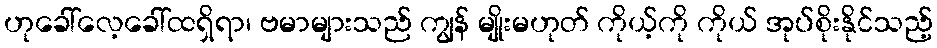
ဟုခေါ်လေ့ခေါ်ထရှိရာ၊ ဗမာများသည် ကျွန် မျိုးမဟုတ် ကိုယ့်ကို ကိုယ် အုပ်စိုးနိုင်သည့်